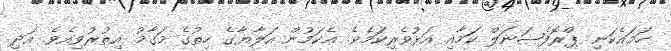
ހަމައެކަނި ޕްރޮފެޝަނަލް ކަމާއި އަޅުވެރިކަމެވެ. އެކަމުން އަލާޔާގެ ހިތުގެ މަގާމު އިތުރުވިއެވެ. އަދި